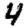
Digit: 4